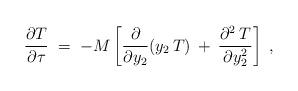
LaTeX: \begin{align*}\frac{\partial {T}}{\partial \tau} \; = \; - M \left[\frac{\partial}{\partial y_{2}} (y_{2}\,{T})\:+\:\frac{\partial^{2}\:{T}}{\partial y_{2}^{2}} \right] \; ,\end{align*}